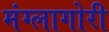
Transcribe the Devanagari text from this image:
मंग्लागोरी